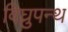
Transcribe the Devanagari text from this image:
विघ्रुपन्थ